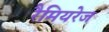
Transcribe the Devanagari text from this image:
रैमियरेज